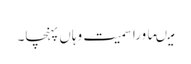
میںماورا سمیت وہاں پہنچا۔